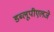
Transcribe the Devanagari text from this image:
डब्लूपीएलजे